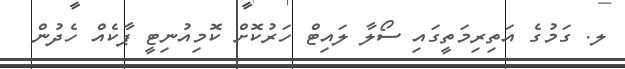
ލ. ގަމުގެ އަތިރިމަތީގައި ސޯލާ ލައިޓް ހަރުކޮށް ކޮމިއުނިޓީ ޕާކެއް ހެދުން